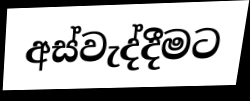
අස්වැද්දීමට